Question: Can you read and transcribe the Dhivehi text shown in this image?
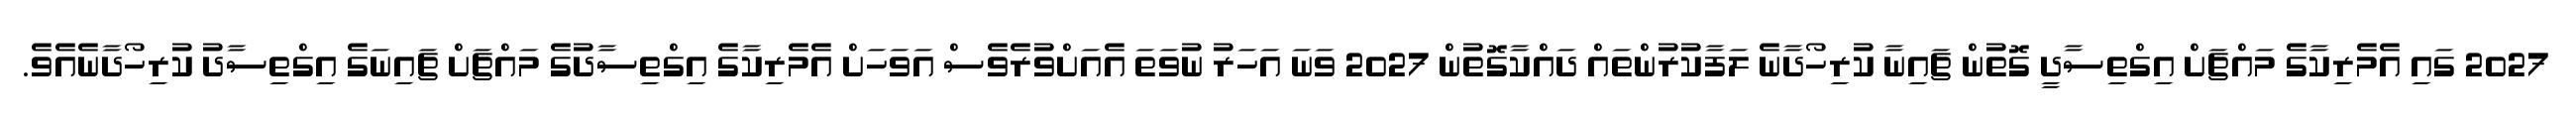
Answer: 2027 ގައި އެމެރިކާގެ މައްޗަށް އިގްތިސާދީ ގޮތުން ޗައިނާ ކުރިހޯދާނެ ލަފާކުރުންތައް ދައްކާގޮތުން 2027 ވަނަ އަހަރު ނުވަތަ އެއަށްވުރެވެސް އަވަހަށް އެމެރިކާގެ އިގްތިސާދުގެ މައްޗަށް ޗައިނަގެ އިގްތިސާދު ކުރިހޯދާނެއެވެ.